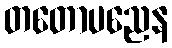
တတောပညေန